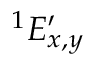
^ { 1 } E _ { x , y } ^ { \prime }